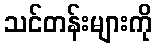
သင်တန်းများကို